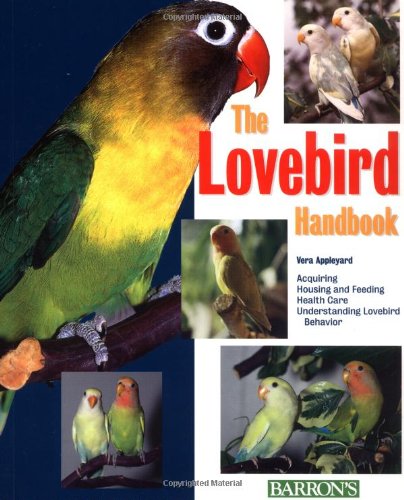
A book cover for The Lovebird Handbook(Barron's Pet Handbooks); Vera Appleyard; Crafts, Hobbies & Home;